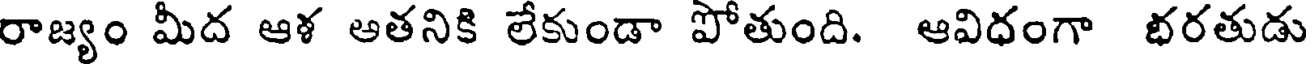
రాజ్యం మీద ఆళ ఆతనికి లేకుండా పోతుంది. ఆవిధంగా భరతుడు